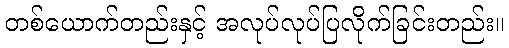
တစ်ယောက်တည်းနှင့် အလုပ်လုပ်ပြလိုက်ခြင်းတည်း။